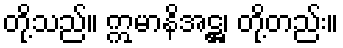
တို့သည်။ ဣမာနိအဋ္ဌ၊ တို့တည်း။